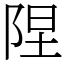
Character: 陧